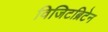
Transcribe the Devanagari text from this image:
विजिटब्रिटेन